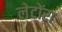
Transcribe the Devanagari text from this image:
लेटोंरा